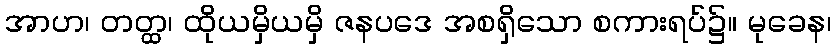
အာဟ၊ တတ္ထ၊ ထိုယမှိယမှိ ဇနပဒေ အစရှိသော စကားရပ်၌။ မုခေန၊